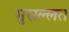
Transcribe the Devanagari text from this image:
मुसल्लत